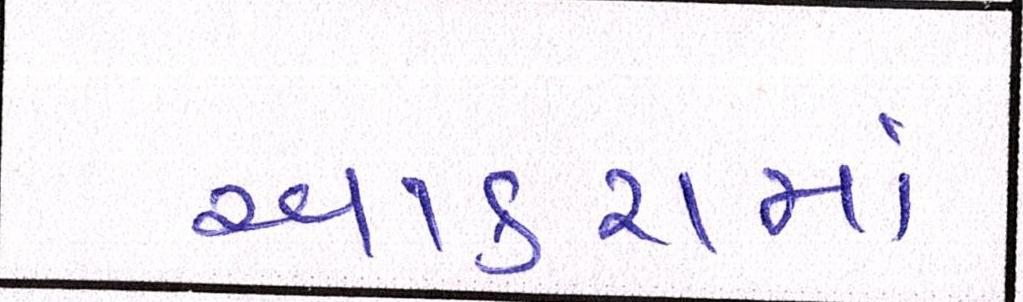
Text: આકરામાં